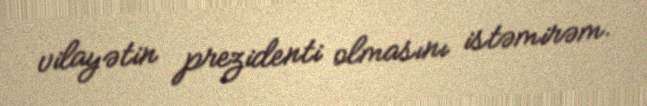
vilayətin prezidenti olmasını istəmirəm.